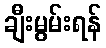
ချီးမွမ်းရန်